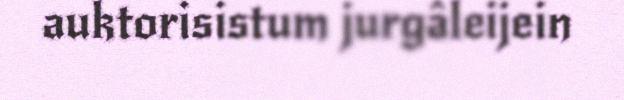
auktorisistum jurgâleijein